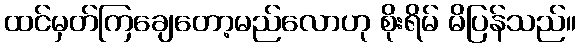
ထင်မှတ်ကြချေတော့မည်လောဟု စိုးရိမ် မိပြန်သည်။